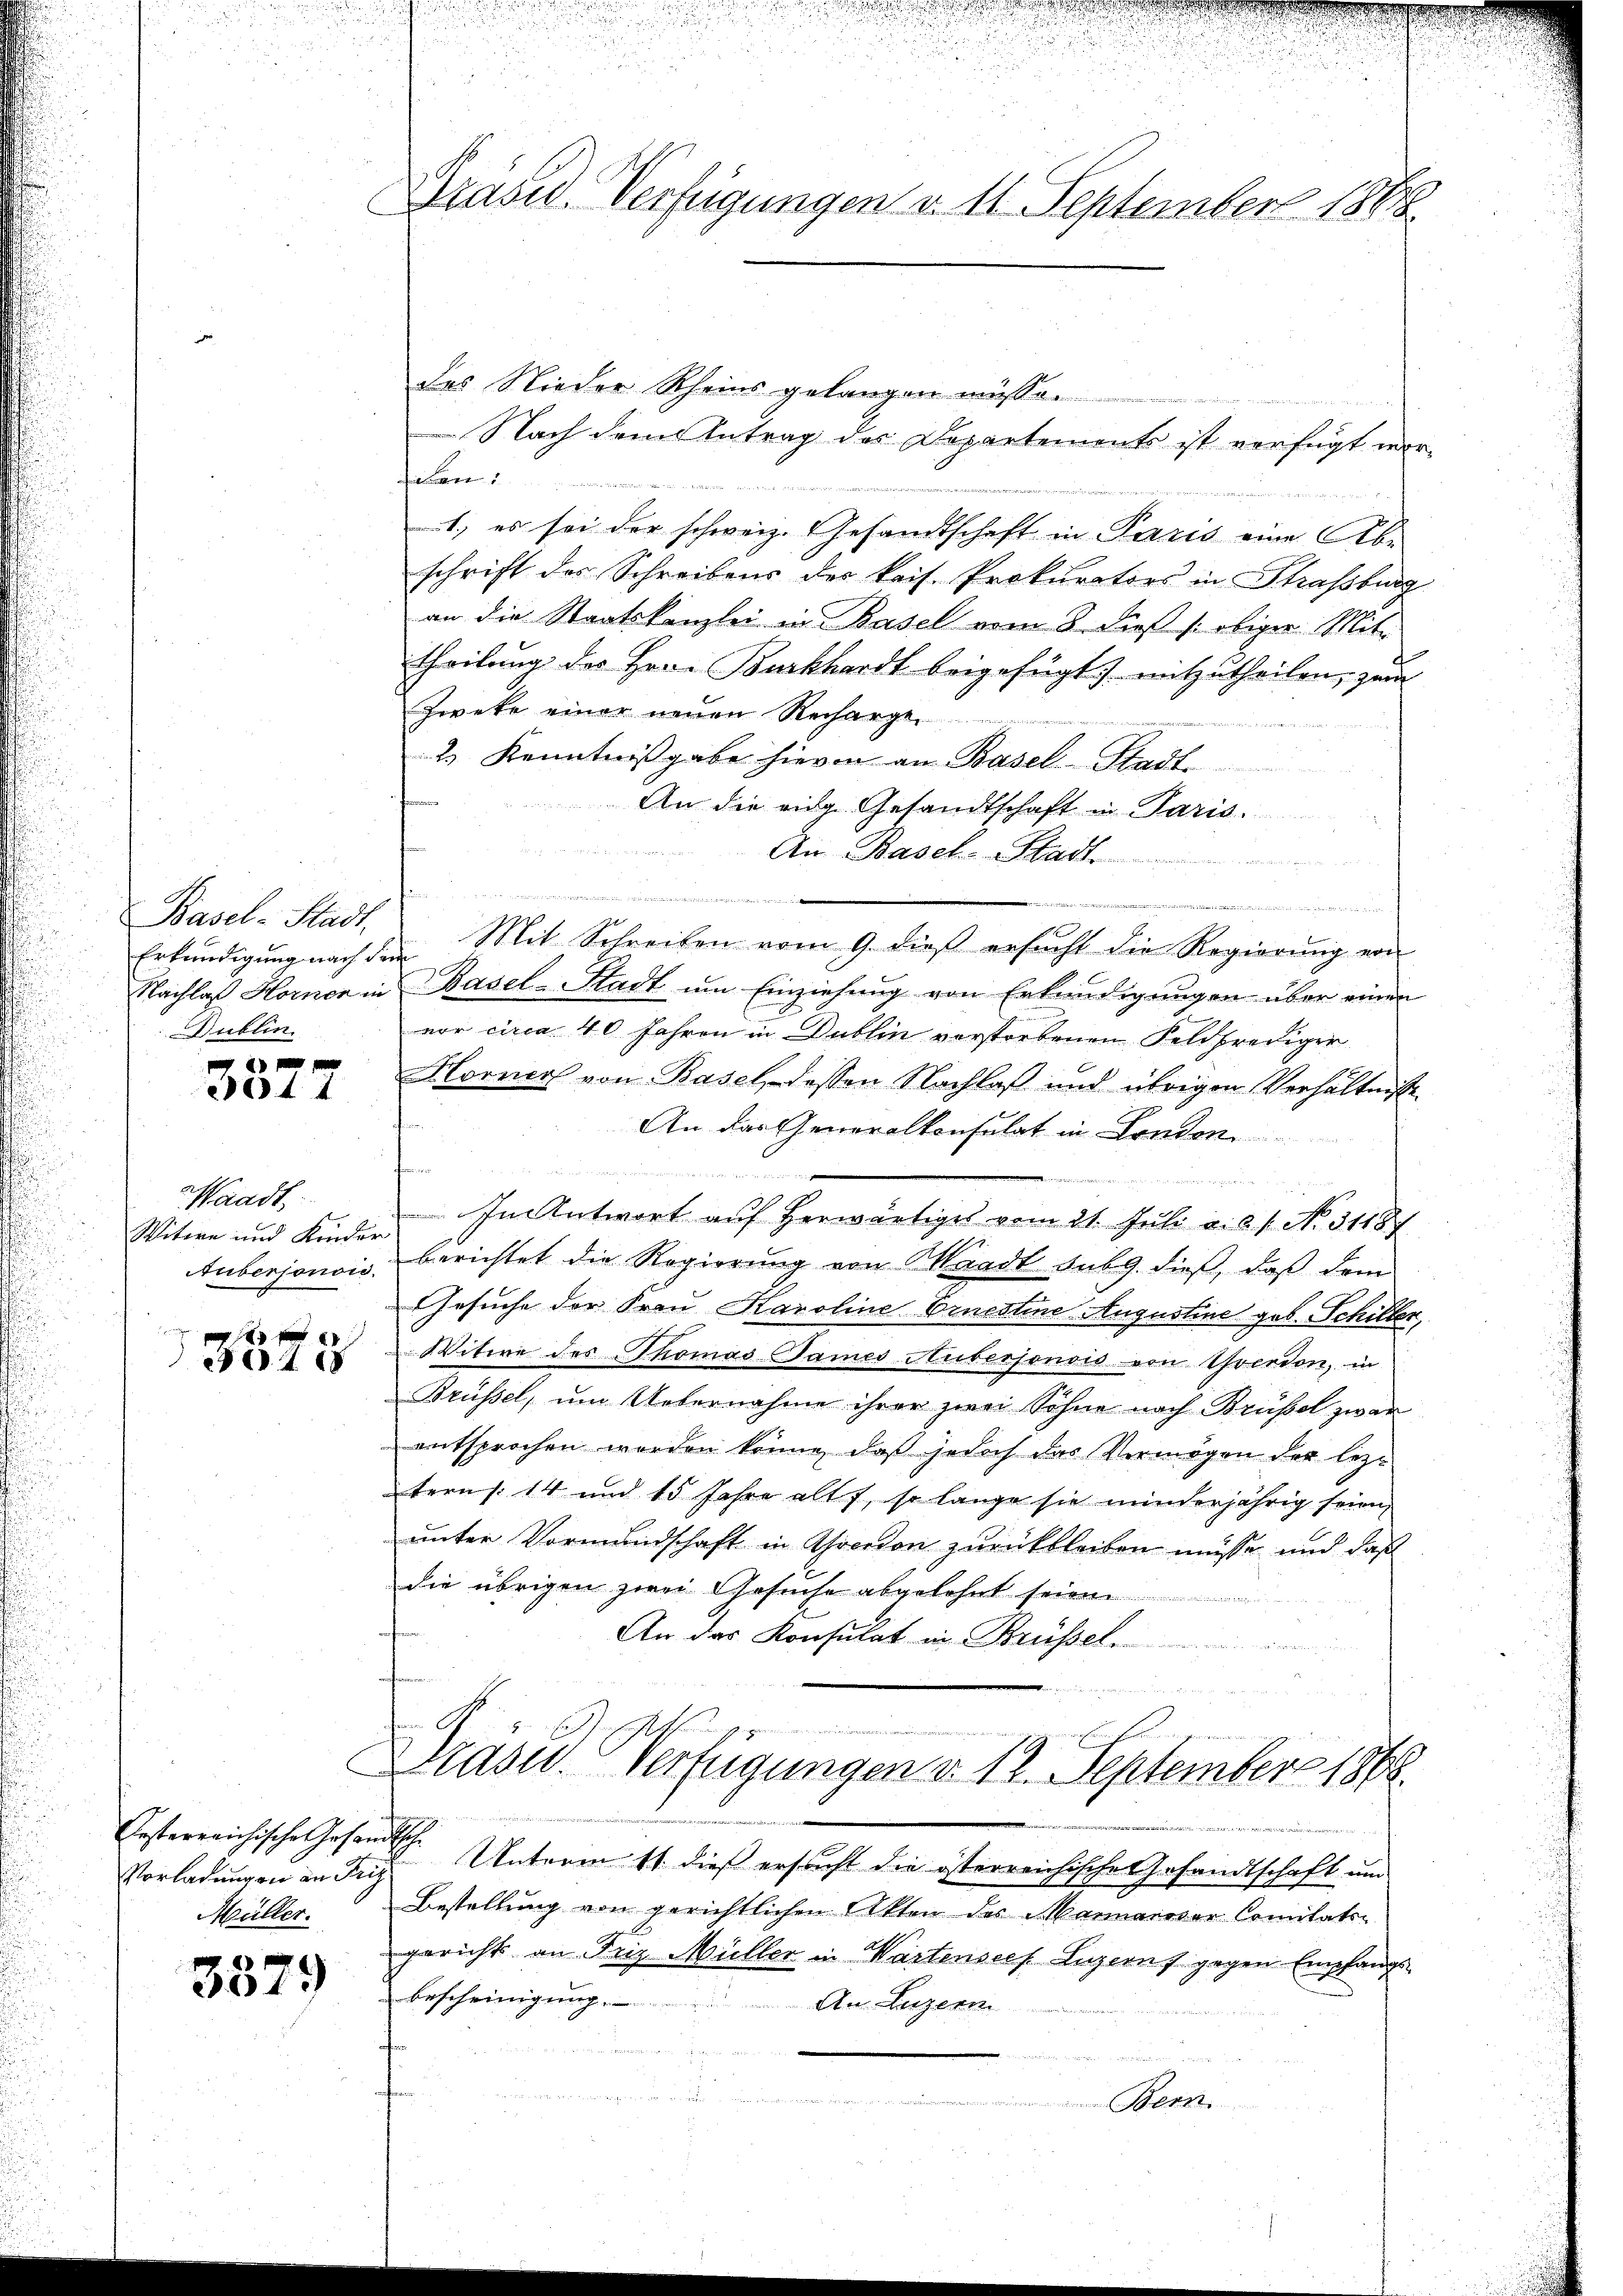
Basel-Stadt,
Dublin

44

Waadt,
Witwe und Kinder

xx
40

Pesterreichische Gesandtsch.
Vorladungen an Frit
Müller.

347)

Präsid. Verfügungen v. 11. September 1888.

des Nieder Rheins gelangen müsse.
 Nach dem Antrag des Departements ist verfügt worlan
1., es sei der schweiz. Gesandtschaft in Paris eine Abschrift des Schreibens des kais. Prokurators in Strassburg
an die Staatskanzlei in Basel vom 8. dieß (: obiger Mittheilung des Herr Burkhardt beigefügt, mitzutheilen, zum
Zweke einer neuen Recharge

2.) Kenntnißgabe hievon an Basel. Stadt.
d
An die eige Gesandtschaft in Paris.
An Basel-Stadt
  die
n

Erkundigung nach den Mit Schreiben vom 9. dieß ersucht die Regierung von
Nachlaß Horner in Basel-Stadt um Einziehung von Erkundigungen über einen
vor circa 40 Jahren in Dublin vorstorbenen Feldprediger
Horner von Basel, dessen Nachlaß und übrigen Verhältnisse
fe
An das Generalkonsulat in Tenden
 1614

In Antwort auf herwärtiges vom 21. Juli a. 8 s. No. 3118/
tuberjonois berichtet die Regierung von Waadt sub 9. dieß, daß dem
Gesuche der Frau Karoline Ernestine Augustine geb. Schillen,
Witwe des Thomas James Huberjonsis von Yverdon, in
Brüssel, um Uebernahme ihrer zwei Söhne nach Brüssel zwar
entsprochen worden könne, daß jedoch das Vermögen der lezt
tern § 14 und 15 Jahre alt, so lange sie minderjährig seien,
unter Vormundschaft in werden zurückbleiben müsse und daß
die übrigen zwei Gesuche abgelehnt seien
An das Konsulat in Brüsse
5 f 20

Unterm 11. dieß ersucht die österreichische Gesandtschaft um
Bestellung von gerichtlichen Akten des Mannaroder Comitäts-
gerichts an Friz Müller in Wartenseef Luzern gegen Empfangs-
Bescheinigung
An Luzern
.

Bern

Drasid. Verfügungen d. 12. September 1864.